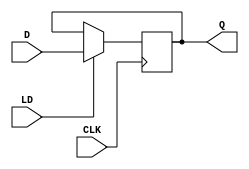
module d_flipflop (
    input D, // Data input
    input CLK, // Clock input
    input LD, // Load input
    output reg Q // Output
);

always @(posedge CLK) begin
    if (LD) begin
        Q <= D;
    end
end

endmodule